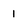
Character: 1